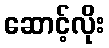
ဆောင့်လိုး